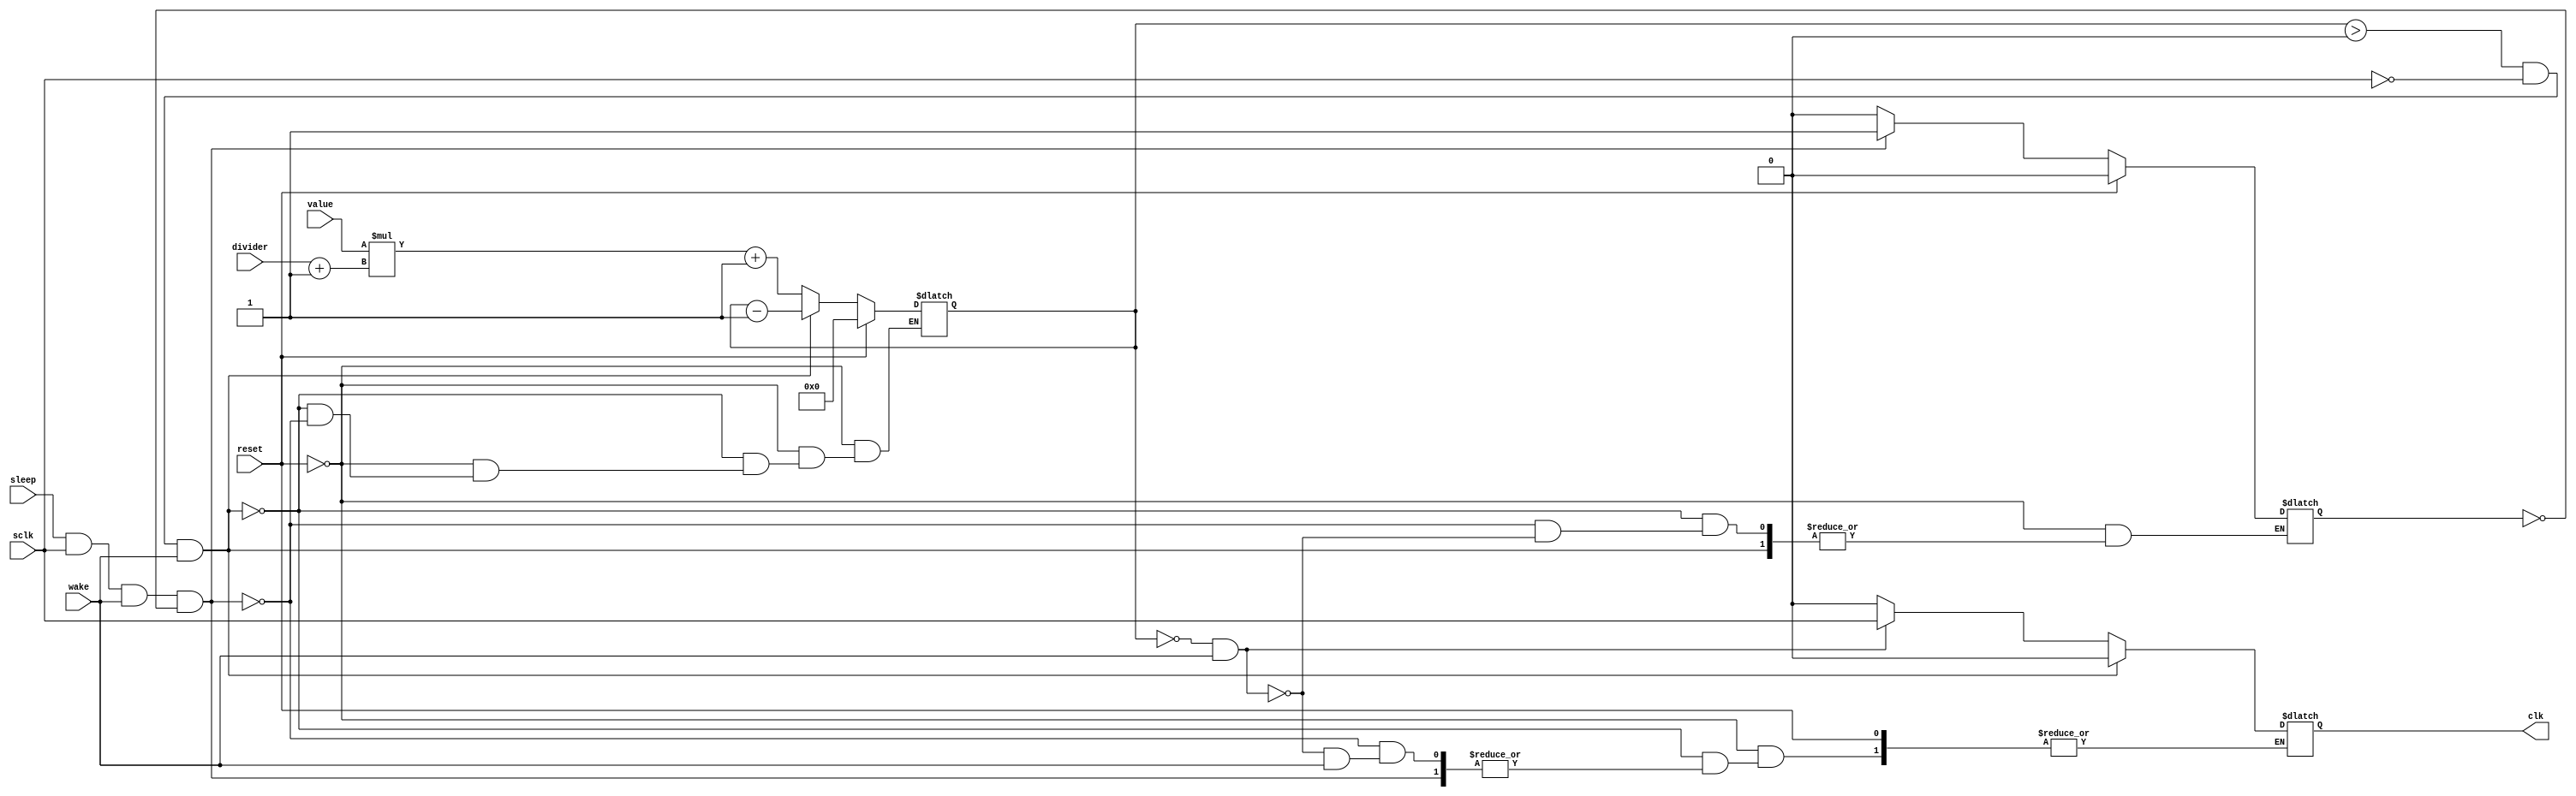
module ClockWait(
	input sleep, //from internel control, loads control
	input [15:0] value,
	input [4:0] divider,
	input sclk,
	input wake,//from BranchCPU, activates cpu
	input reset,
	output reg clk);

	reg [20:0] count;
	reg set;

	always @(sclk) begin
	   if(reset) begin
	       count<=0;
	       set<=0;
	   end
		else if (count>0 && sclk==0 && wake==1) begin
			//count down
			count=count-1;
			clk<=0;
		end
		else if(sleep==1 && sclk==1 && wake==1 && set==0) begin
			//load count
			count=value*(divider+1)+1;
			set<=1;
		end
		else if(count==0 && wake==1)begin
			clk <= sclk;
			set<=0;
		end
		else if(wake==0)begin
			clk<=0;
		end
	end

endmodule